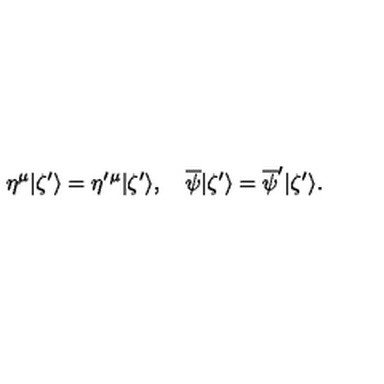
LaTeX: \eta ^ { \mu } | \zeta ^ { \prime } \rangle = \eta ^ { \prime } { } ^ { \mu } | \zeta ^ { \prime } \rangle , \quad \overline { { \psi } } | \zeta ^ { \prime } \rangle = \overline { { \psi } } ^ { \prime } | \zeta ^ { \prime } \rangle .